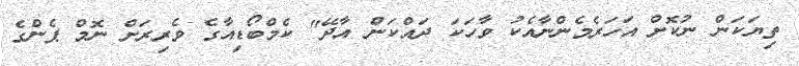
ތިޔަކަން ނުކޮށް އަހަރެމެންނާއެކު ވާހަކަ ދައްކަން އާދޭ" ކެމްބޯޑިއާގެ ވެރިރަށް ނޮމް ޕެންގެ